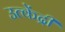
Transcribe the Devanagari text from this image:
उत्केंद्री